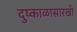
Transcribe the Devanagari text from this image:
दुष्काळासारखी